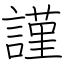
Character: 謹